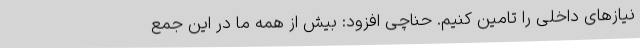
نیازهای داخلی را تامین کنیم. حناچی افزود: بیش از همه ما در این جمع